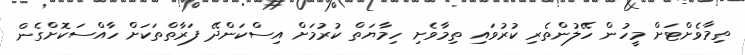
ތިމާވެށްޓަށް މީހުން ހޭލުންތެރި ކުރުވައި ތިމާވެށި ހިމާޔަތް ކުރުމަށް އިސްކަންދޭ ފަރާތްތަކަށް ހާއްސަކޮށްގެން